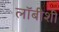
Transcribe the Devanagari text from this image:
लाॅबीशी